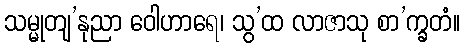
သမ္မုတျ’နုညာ ဝေါဟာရေ၊ သွ’ထ လာဇာသု စာ’က္ခတံ။